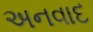
અનવાદ